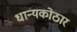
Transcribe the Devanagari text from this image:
धान्यकोठार